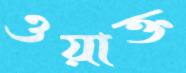
ওয়াক্ত